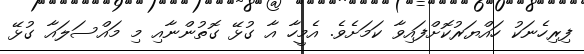
ފިރިހެނަކު ހައްޔަރުކޮށްފައިވާ ކަމަށެވެ. އެމީހާ އާ ގުޅޭ ގޮތުންނާއި މި މައްސަލައާ ގުޅޭ